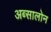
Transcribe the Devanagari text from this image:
अब्सालोन